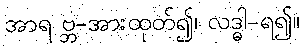
အာရ ဗ္ဘ-အားထုတ်၍၊ လဒ္ဓါ-ရ၍။